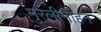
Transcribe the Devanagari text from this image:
मुरलीमोहन